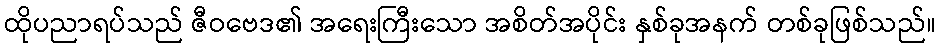
ထိုပညာရပ်သည် ဇီဝဗေဒ၏ အရေးကြီးသော အစိတ်အပိုင်း နှစ်ခုအနက် တစ်ခုဖြစ်သည်။